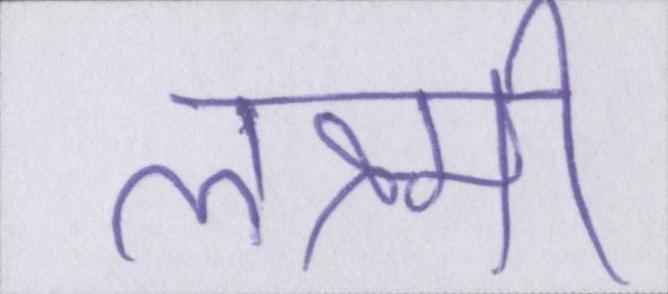
लक्ष्मी